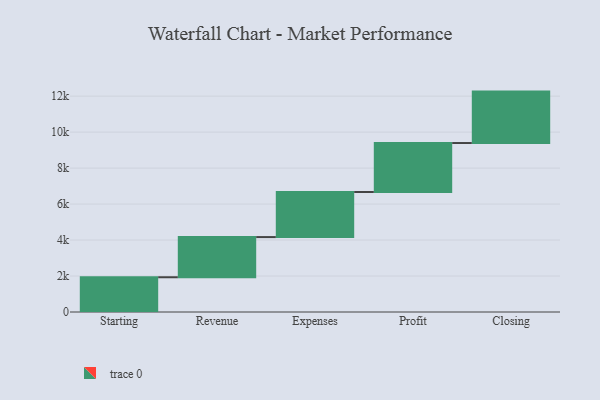
{"axis": {"x": "Step", "y": "Value"}, "legend": [""], "data": [{"x": "Starting", "y": 1932.0, "type": ""}, {"x": "Revenue", "y": 2233.0, "type": ""}, {"x": "Expenses", "y": 2506.0, "type": ""}, {"x": "Profit", "y": 2722.0, "type": ""}, {"x": "Closing", "y": 2859.0, "type": ""}]}